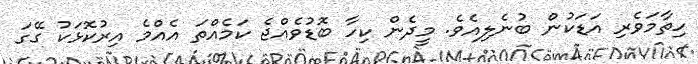
ހިތާމަވެރި އަޑަކުން ބުނެލިއެވެ. މީދެން ކިހާ ބޮޑުވެއްޖެ ކަމެއްތަ އެއްމެ އިރުކޮޅަކު ގޭގަ